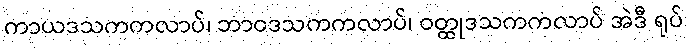
ကာယဒသကကလာပ်၊ ဘာဝဒသကကလာပ်၊ ဝတ္ထုဒသကကလာပ် အဲဒီ ရုပ်